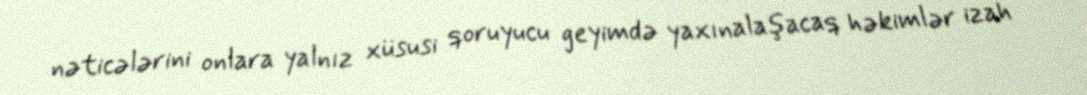
nəticələrini onlara yalnız xüsusi qoruyucu geyimdə yaxınalaşacaq həkimlər izah